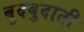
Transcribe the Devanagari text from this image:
बुदबुदाती